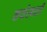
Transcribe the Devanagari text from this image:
कर्यस्थली